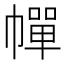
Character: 幝